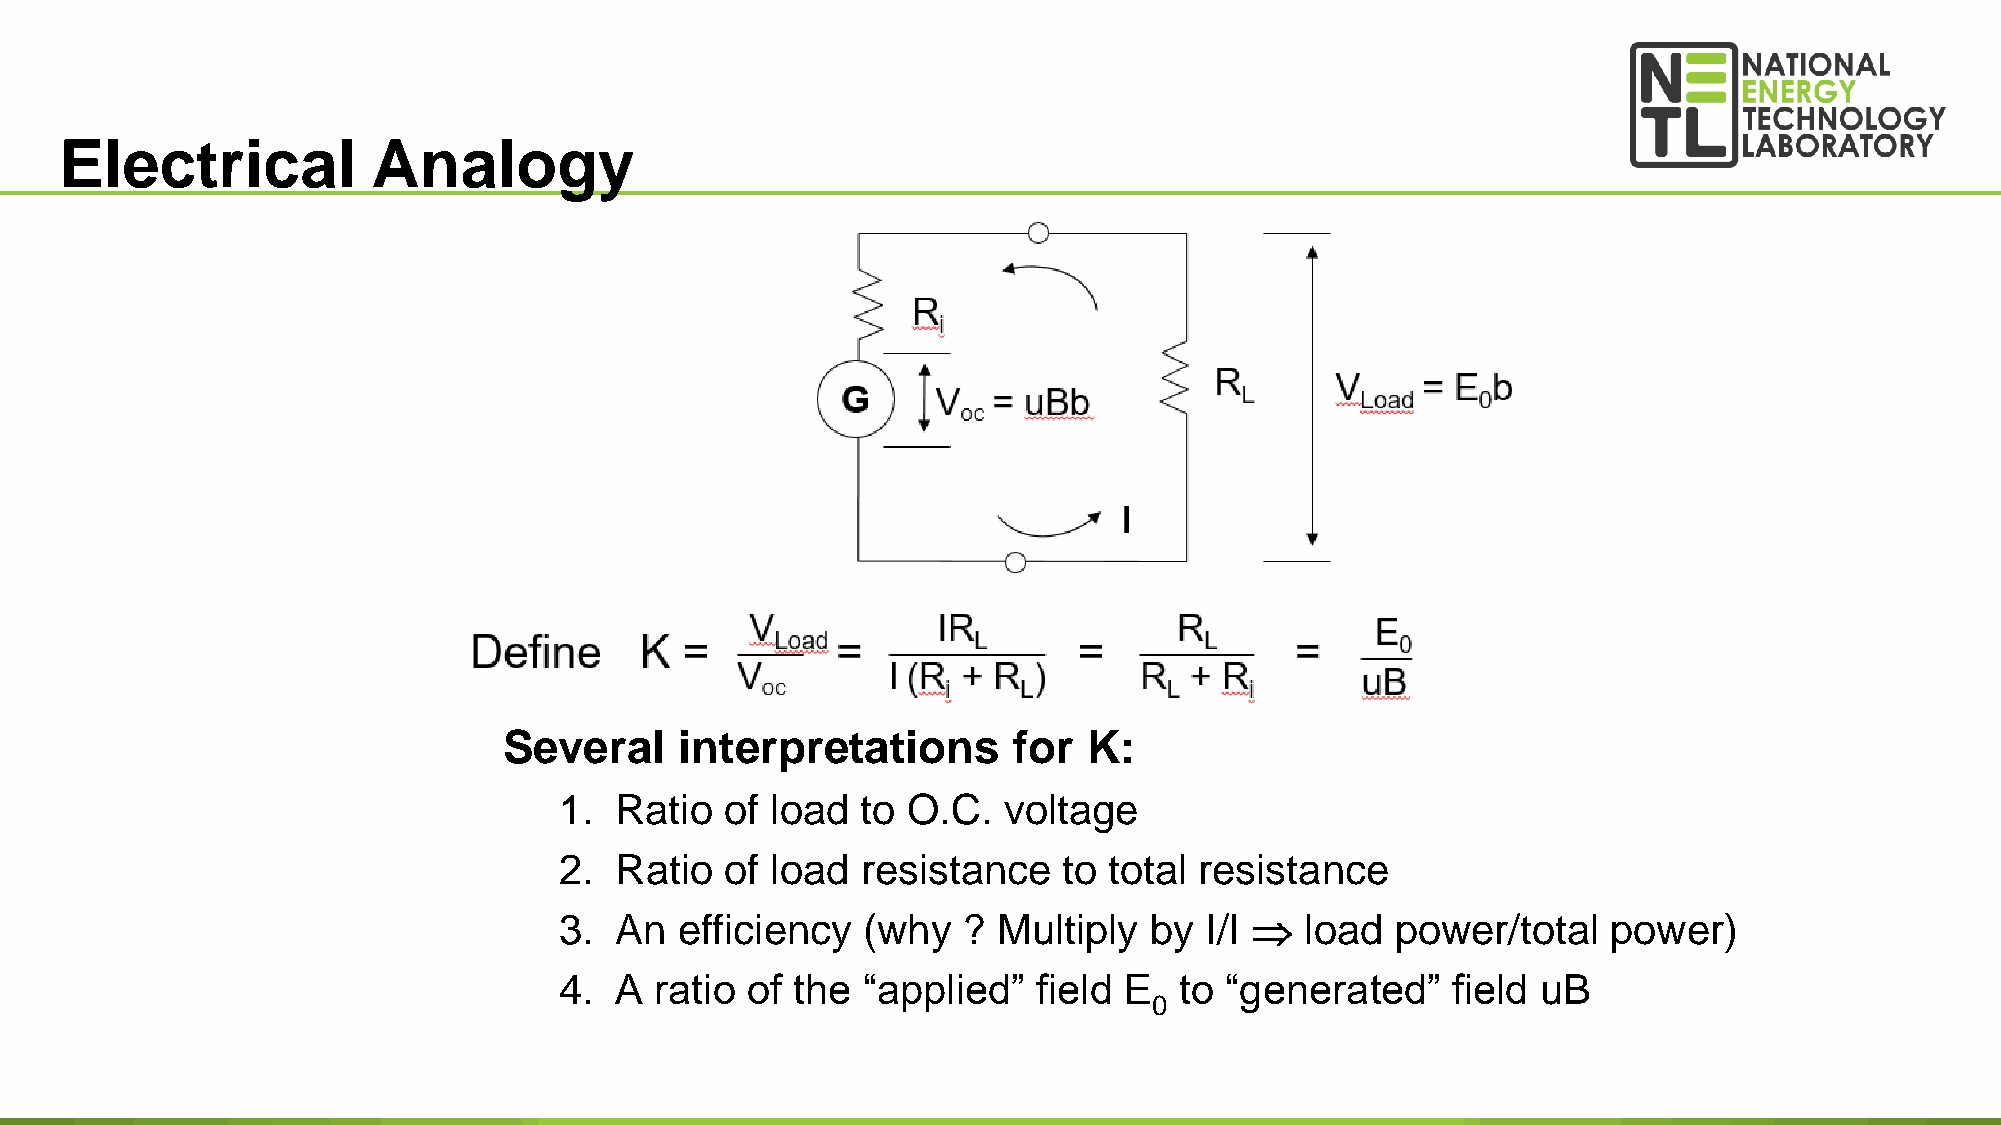
Electrical           Analogy
 Several     interpretations       for  K:
 1.  Ratio  of load  to O.C.  voltage
 2.  Ratio  of load  resistance   to total resistance
 3.  An  efficiency  (why   ? Multiply  by  I/I  load  power/total    power)
 4.  A ratio of the  “applied”   field E  to “generated”    field uB
 0
 15